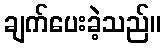
ချက်ပေးခဲ့သည်။